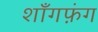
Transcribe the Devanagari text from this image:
शाँगफ़ंग